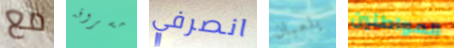
مع مسروقه انصرفي يلعبان المواطنين